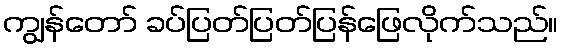
ကျွန်တော် ခပ်ပြတ်ပြတ်ပြန်ဖြေလိုက်သည်။